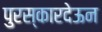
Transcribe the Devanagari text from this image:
पुरस्कारदेऊन